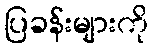
ပြခန်းများကို